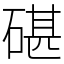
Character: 碪